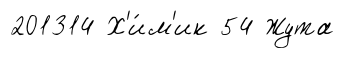
201314 Х'и́м'ик 54 Жута